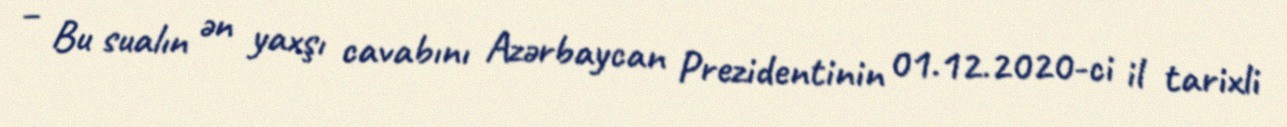
– Bu sualın ən yaxşı cavabını Azərbaycan Prezidentinin 01.12.2020-ci il tarixli